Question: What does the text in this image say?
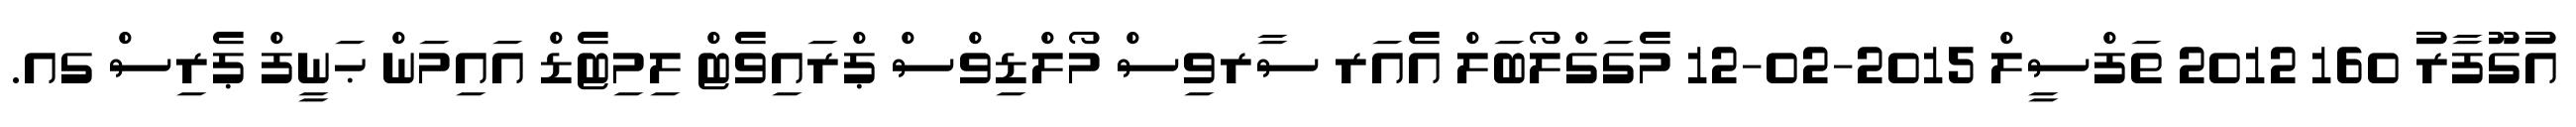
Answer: އުގޫފާރު 160 2012 ތަފްސީލް 2015-02-12 މެގަގްލޯބަލް އެއަރ ސާރވިސް މޯލްޑިވްސް ޕްރައިވެޓް ލިމިޓެޑް އައިމަން ޙަނީފް ޕެރިސް ގއ.